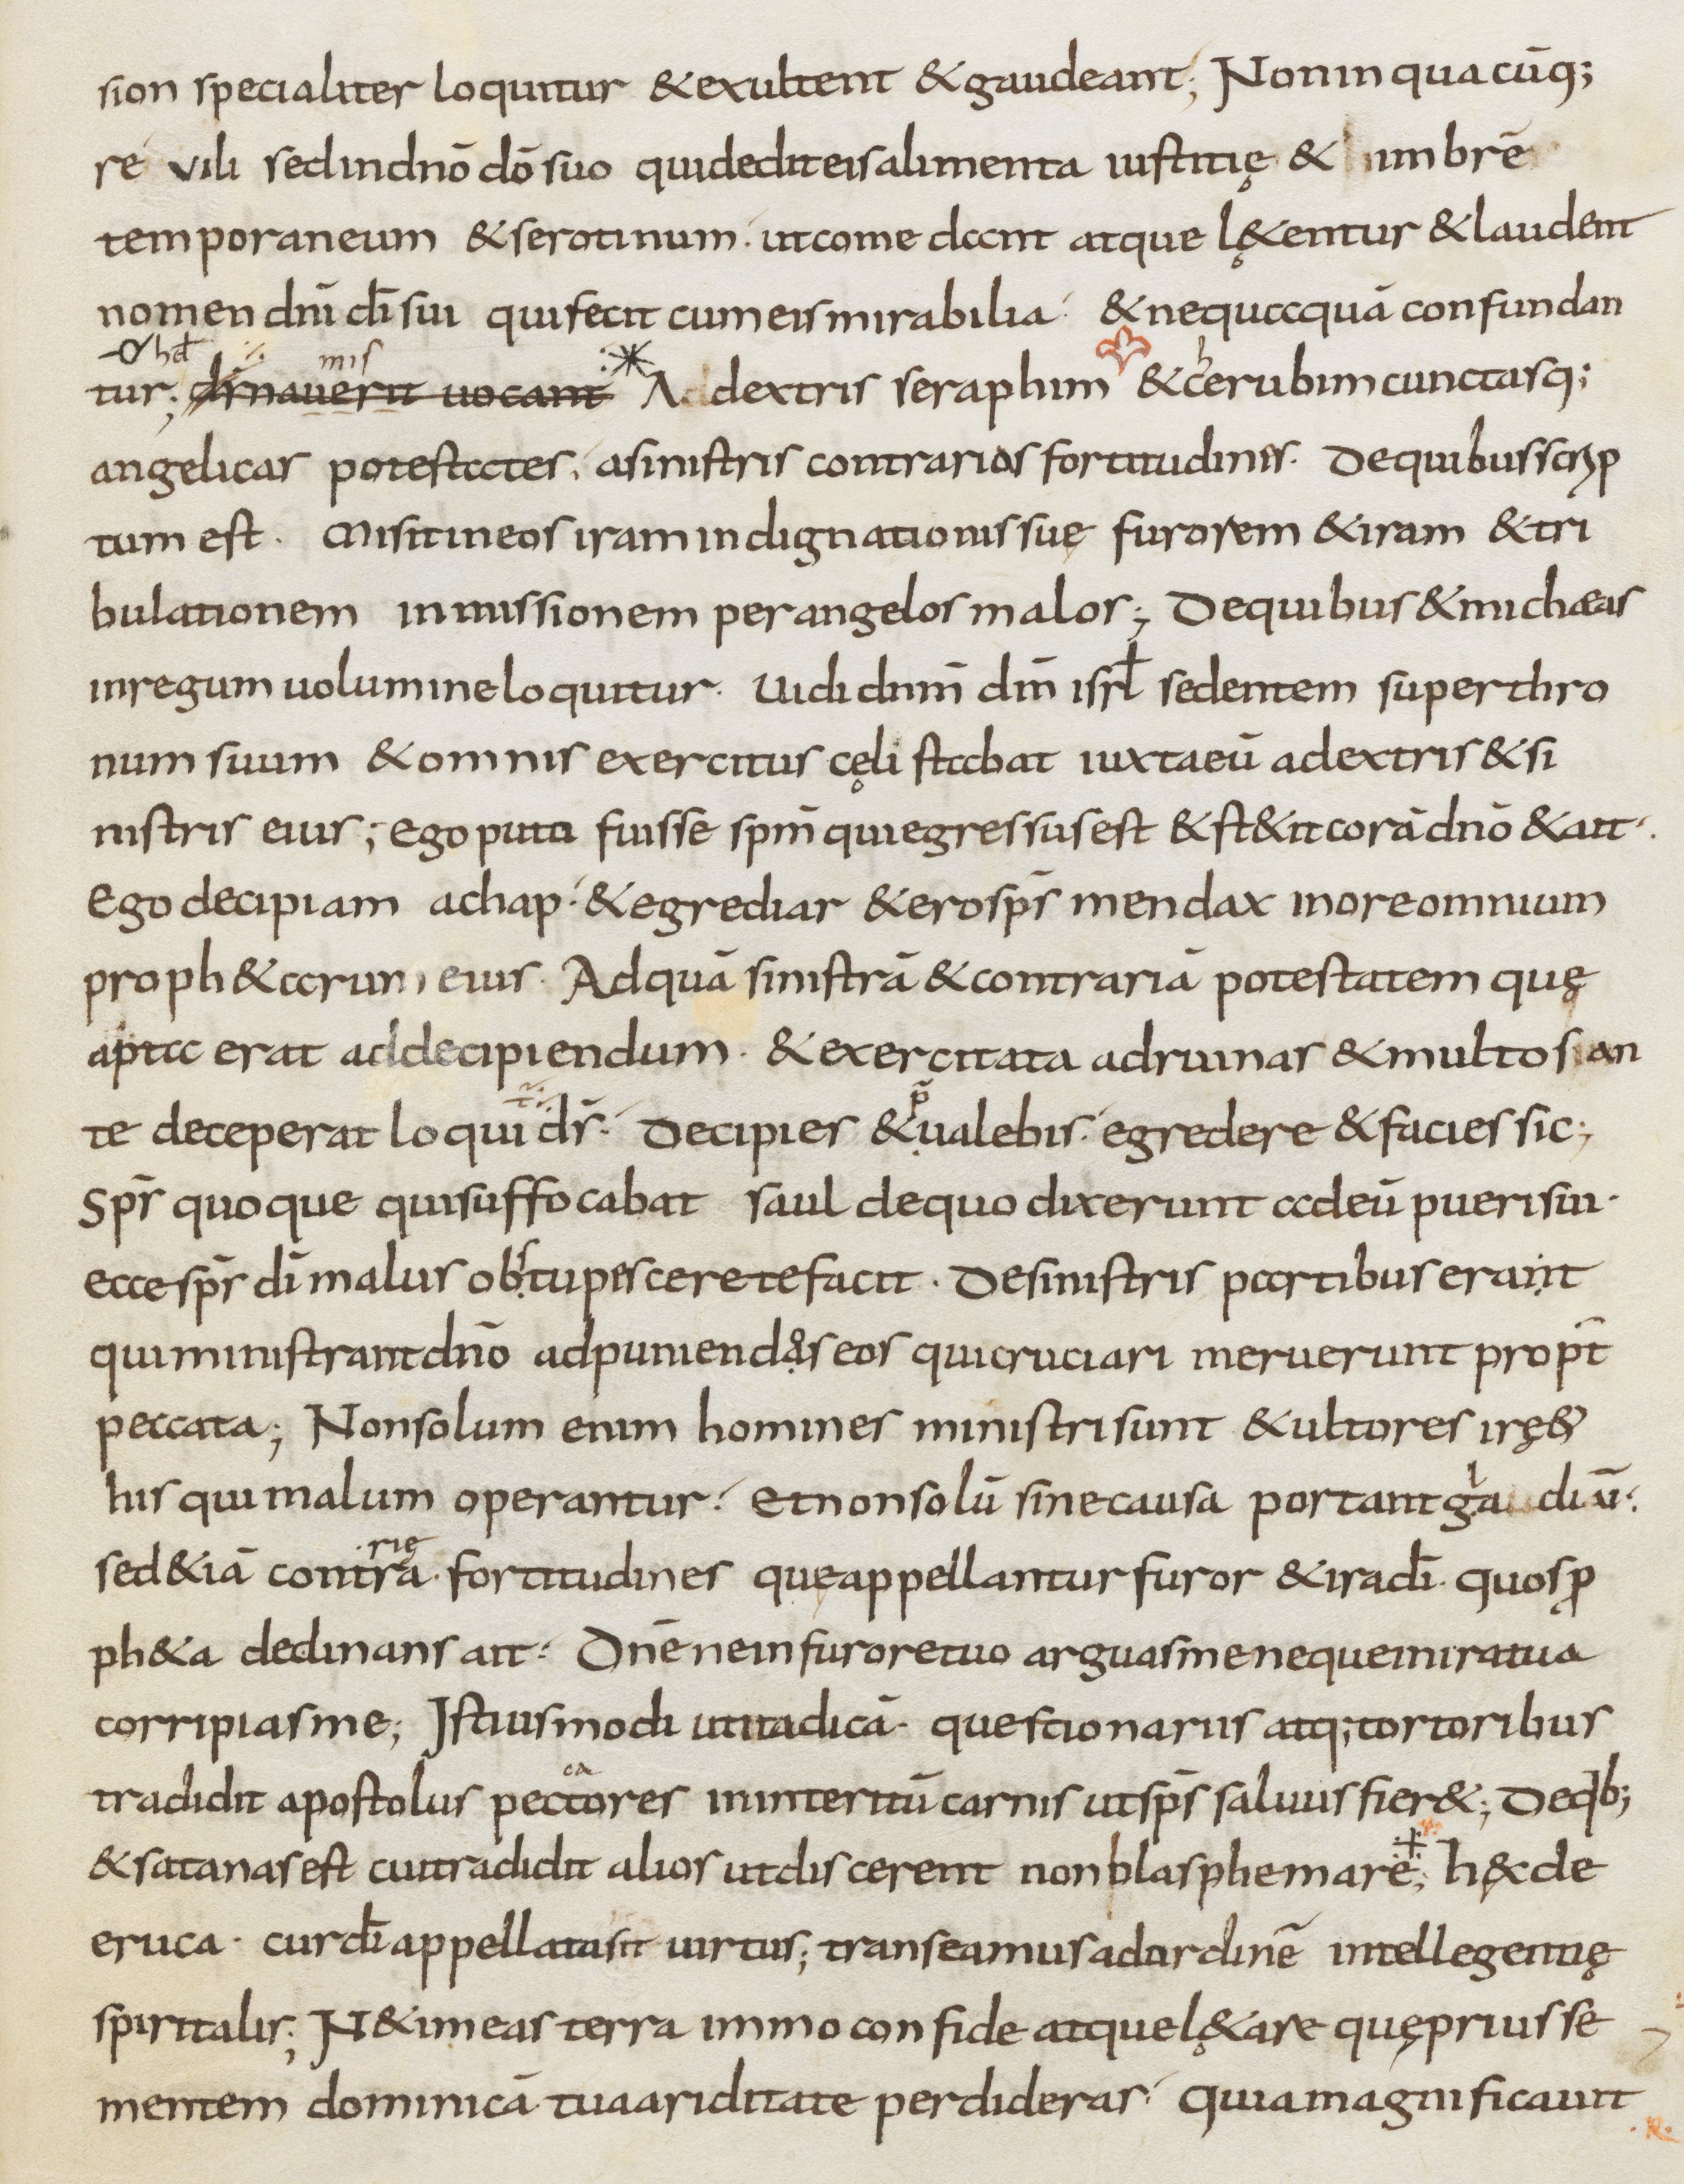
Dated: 800–899